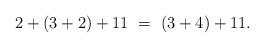
LaTeX: \begin{align*} 2+(3+2)+11 \ = \ (3+4) + 11.\end{align*}